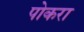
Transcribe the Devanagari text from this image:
पोकरा